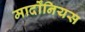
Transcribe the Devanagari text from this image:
मार्दोंनियस